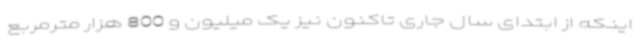
اینکه از ابتدای سال جاری تاکنون نیز یک میلیون و 800 هزار مترمربع